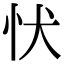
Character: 𢗗